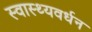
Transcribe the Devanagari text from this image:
स्वास्थ्यवर्धन